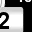
Digit: 2